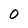
Character: O